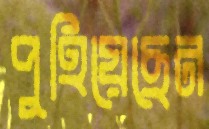
পুহিয়েছেন